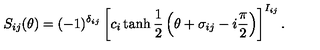
S _ { i j } ( \theta ) = ( - 1 ) ^ { \delta _ { i j } } \left[ c _ { i } \tanh \frac { 1 } { 2 } \left( \theta + \sigma _ { i j } - i \frac { \pi } { 2 } \right) \right] ^ { I _ { i j } } .